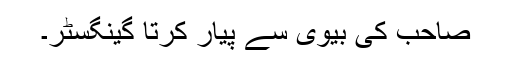
صاحب کی بیوی سے پیار کرتا گینگسٹر۔